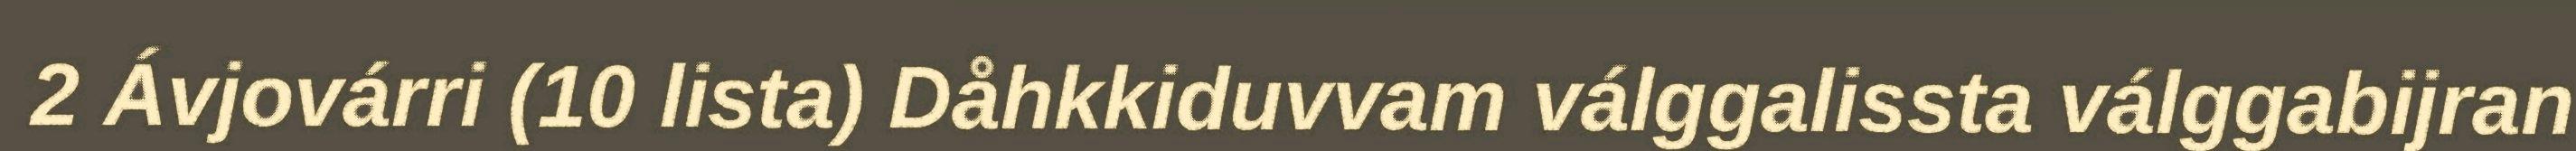
2 Ávjovárri (10 lista) Dåhkkiduvvam válggalissta válggabijran